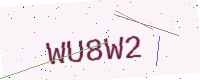
Text: WU8W2